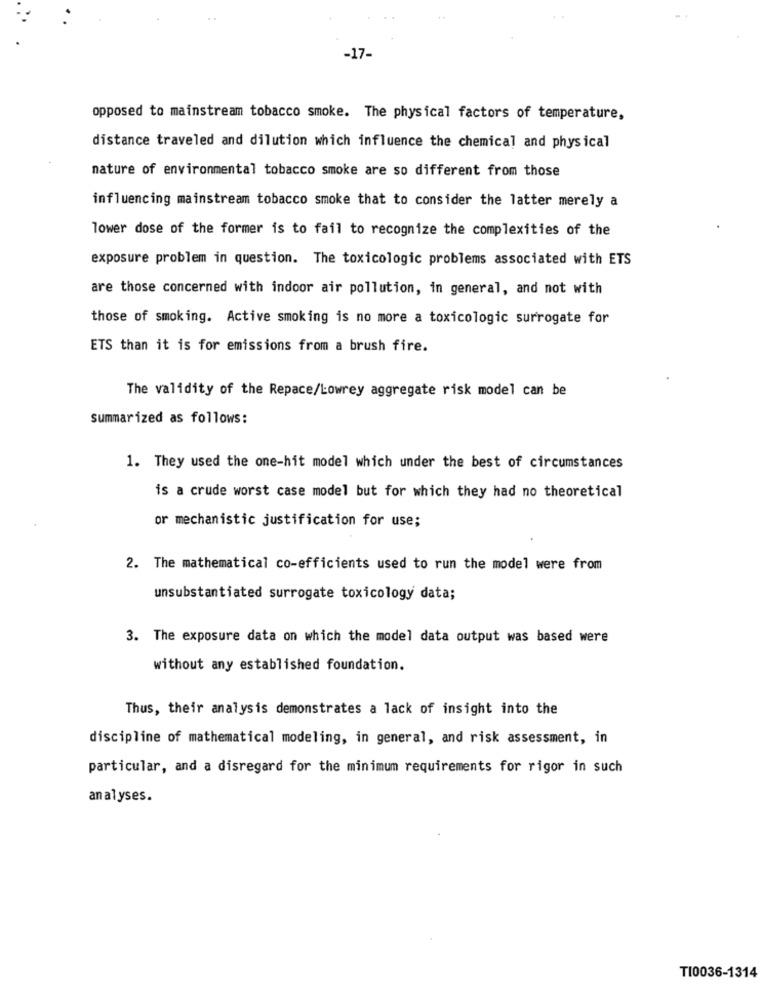
opposed to mainstream tobacco smoke. The physical factors of temperature,
distance traveled and dilution which influence the chemical and physical
nature of environmental tobacco smoke are so different from those
influencing mainstream tobacco smoke that to consider the latter merely a
lower dose of the former is to fail to recognize the complexities of the
exposure problem in question. The toxicologic problems associated with ETS
are those concerned with indoor air pollution, in general, and not with
those of smoking. Active smoking is no more a toxicologic surrogate for
ETS than it is for emissions from a brush fire.
The validity of the Repace/Lowrey aggregate risk model can be
summarized as follows:
1. They used the one-hit model which under the best of circumstances
is a crude worst case model but for which they had no theoretical
or mechanistic justification for use;
2. The mathematical co-efficients used to run the model were from
unsubstantiated surrogate toxicology data;
3. The exposure data on which the model data output was based were
without any established foundation.
Thus, their analysis demonstrates a lack of insight into the
discipline of mathematical modeling, in general, and risk assessment, in
particular, and a disregard for the minimum requirements for rigor in such
analyses.
TI0036-1314